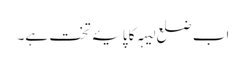
اب ضلع لیہہ کا پایۂ تخت ہے۔